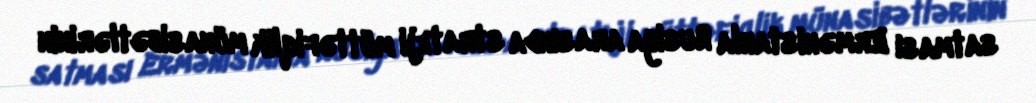
satması Ermənistanla Rusiya arasında strateji müttəfiqlik münasibətlərinin